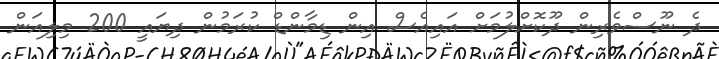
ދެ ނޫސްވެރިން ދޫކޮށްލުމަށް އައިއެސް އިން ޑިމާންޑް ކުރަމުން ދިޔައީ 200 މިލިއަން